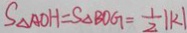
S _ { \Delta A O H } = S _ { \Delta B O G } = \frac { 1 } { 2 } \vert k \vert